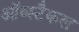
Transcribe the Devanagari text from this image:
ऑब्स्टैकल